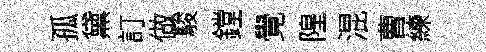
孤黛訂做駿鏜覺隍混曹練